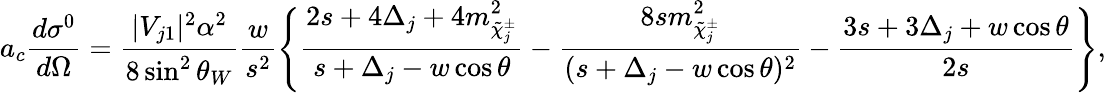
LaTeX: a_{c}\frac{d\sigma^{0}}{d\Omega}=\frac{|V_{j1}|^{2}\alpha^{2}}{8\sin^{2}\theta_{W}}\frac{w}{s^{2}}\Bigg\{ \frac{\displaystyle 2s+4\Delta_{j}+4m_{\tilde{\chi}_{j}^{\pm}}^{2}}{s+\Delta_{j}-w\cos\theta}{}-\frac{8sm_{\tilde{\chi}_{j}^{\pm}}^{2}}{(s+\Delta_{j}-w\cos\theta)^{2}}-\frac{3s+3\Delta_{j}+w\cos\theta}{2s}\Bigg\} ,